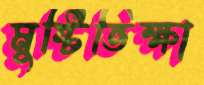
মুষ্টিভিক্ষা